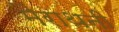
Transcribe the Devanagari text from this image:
मैराथनी